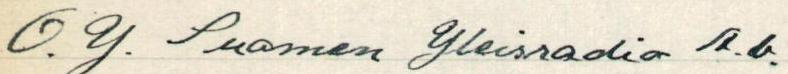
O. Y. Suomen Yleisradio A.b.